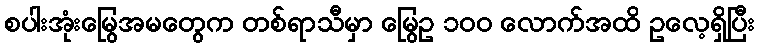
စပါးအုံးမြွေအမတွေက တစ်ရာသီမှာ မြွေဥ ၁၀၀ လောက်အထိ ဥလေ့ရှိပြီး